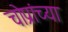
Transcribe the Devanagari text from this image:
चोप्रांच्या